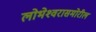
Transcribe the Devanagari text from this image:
लोभेश्‍वरासमोरील